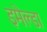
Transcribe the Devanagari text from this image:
इमेल्डा